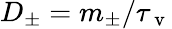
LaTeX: D_{\pm}=m_{\pm}/\tau_{\mathrm{~v~}}